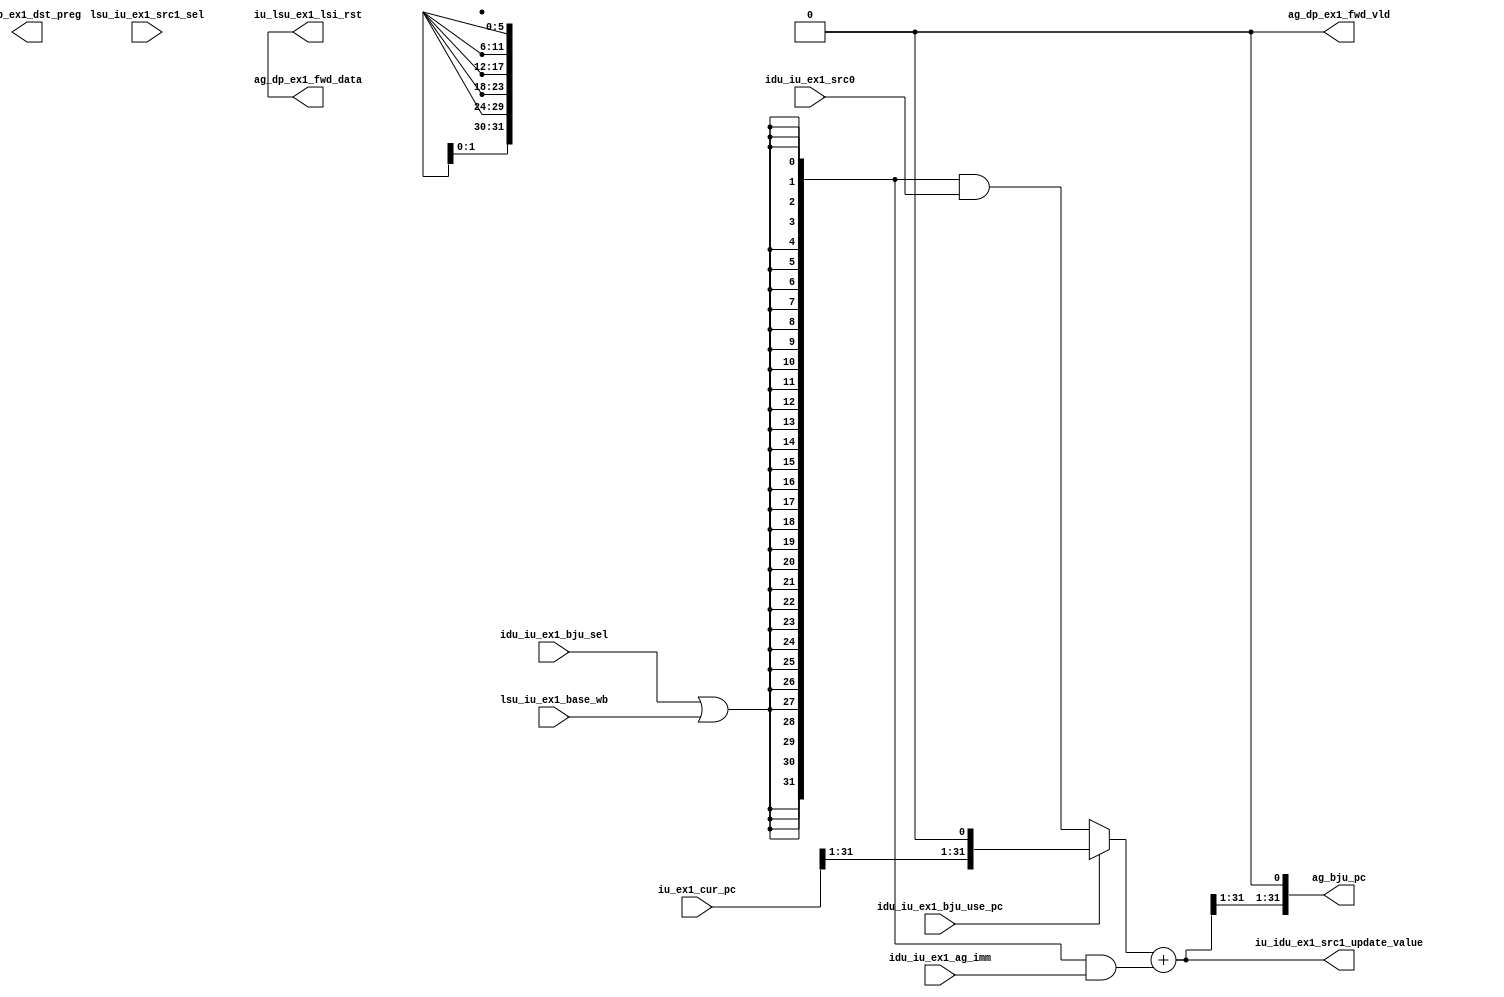
/*Copyright 2020-2021 T-Head Semiconductor Co., Ltd.

Licensed under the Apache License, Version 2.0 (the "License");
you may not use this file except in compliance with the License.
You may obtain a copy of the License at

    http://www.apache.org/licenses/LICENSE-2.0

Unless required by applicable law or agreed to in writing, software
distributed under the License is distributed on an "AS IS" BASIS,
WITHOUT WARRANTIES OR CONDITIONS OF ANY KIND, either express or implied.
See the License for the specific language governing permissions and
limitations under the License.
*/

// &ModuleBeg; @23
module pa_iu_addr_gen(
  ag_bju_pc,
  ag_dp_ex1_dst_preg,
  ag_dp_ex1_fwd_data,
  ag_dp_ex1_fwd_vld,
  idu_iu_ex1_ag_imm,
  idu_iu_ex1_bju_sel,
  idu_iu_ex1_bju_use_pc,
  idu_iu_ex1_src0,
  iu_ex1_cur_pc,
  iu_idu_ex1_src1_update_value,
  iu_lsu_ex1_lsi_rst,
  lsu_iu_ex1_base_wb,
  lsu_iu_ex1_src1_sel
);

// &Ports; @24
input   [31:0]  idu_iu_ex1_ag_imm;           
input           idu_iu_ex1_bju_sel;          
input           idu_iu_ex1_bju_use_pc;       
input   [31:0]  idu_iu_ex1_src0;             
input   [31:0]  iu_ex1_cur_pc;               
input           lsu_iu_ex1_base_wb;          
input           lsu_iu_ex1_src1_sel;         
output  [31:0]  ag_bju_pc;                   
output  [5 :0]  ag_dp_ex1_dst_preg;          
output  [31:0]  ag_dp_ex1_fwd_data;          
output          ag_dp_ex1_fwd_vld;           
output  [31:0]  iu_idu_ex1_src1_update_value; 
output  [31:0]  iu_lsu_ex1_lsi_rst;          

// &Regs; @25

// &Wires; @26
wire    [31:0]  ag_adder_res;                
wire    [31:0]  ag_adder_rs1;                
wire    [31:0]  ag_adder_rs1_raw;            
wire    [31:0]  ag_adder_rs2;                
wire    [31:0]  ag_bju_pc;                   
wire    [5 :0]  ag_dp_ex1_dst_preg;          
wire    [31:0]  ag_dp_ex1_fwd_data;          
wire            ag_dp_ex1_fwd_vld;           
wire            ag_rs1_use_pc;               
wire    [31:0]  idu_iu_ex1_ag_imm;           
wire            idu_iu_ex1_bju_sel;          
wire            idu_iu_ex1_bju_use_pc;       
wire    [31:0]  idu_iu_ex1_src0;             
wire    [31:0]  iu_ex1_cur_pc;               
wire    [31:0]  iu_idu_ex1_src1_update_value; 
wire    [31:0]  iu_lsu_ex1_lsi_rst;          
wire            lsu_iu_ex1_base_wb;          


//==========================================================
//                   Address Generator
//==========================================================
// Address Generator generate address for:
//   1. jump, branch inst;
//   2. auipc inst;
//   3. LSU address.

//----------------------------------------------------------
//                  BJU Address Generator
//----------------------------------------------------------
//----------- Oper Prepare -------------
// branch inst, auipc inst use pc as rs1.
assign ag_adder_rs1_raw[31:0]  = {32{idu_iu_ex1_bju_sel || lsu_iu_ex1_base_wb}} & idu_iu_ex1_src0[31:0];
// idu_iu_ex1_bju_use_pc will be set when ex1_bju_sel.
assign ag_rs1_use_pc           = idu_iu_ex1_bju_use_pc;
assign ag_adder_rs1[31:0]      = ag_rs1_use_pc ? {iu_ex1_cur_pc[31:1], 1'b0}
                                               : ag_adder_rs1_raw[31:0];

// &Force("bus", "iu_ex1_cur_pc", 31, 0); @53

// dcache_pa inst's address is in rs1. rs2 should be zero rather than ag_imm,
// which is opcode for illegal inst expt.
assign ag_adder_rs2[31:0]      = {32{idu_iu_ex1_bju_sel || lsu_iu_ex1_base_wb}} & idu_iu_ex1_ag_imm[31:0];

//-------------- Adder -----------------
assign ag_adder_res[31:0] = ag_adder_rs1[31:0] + ag_adder_rs2[31:0];

//---------- Rename for output ---------
assign ag_bju_pc[31:0]       = {ag_adder_res[31:1], 1'b0};

assign iu_idu_ex1_src1_update_value[31:0] = ag_adder_res[31:0];

assign iu_lsu_ex1_lsi_rst[31:0] = ag_dp_ex1_fwd_data[31:0];

// &Force("output", "ag_dp_ex1_fwd_data"); @75
// &Force("bus", "idu_iu_ex1_src0_reg", 5, 0); @84
// &Force("input", "lsu_iu_ex1_lsi_dp"); @90
// &Force("input", "lsu_iu_ex1_lsi_dst_reg"); @91
// &Force("bus", "lsu_iu_ex1_lsi_dst_reg", 5, 0); @92
// &Force("input", "lsu_iu_ex1_src1_sel"); @94
assign ag_dp_ex1_fwd_vld = 1'b0;
assign ag_dp_ex1_dst_preg[5:0] = {6{1'bx}};
assign ag_dp_ex1_fwd_data[31:0] = {32{1'bx}};


// &ModuleEnd; @102
endmodule